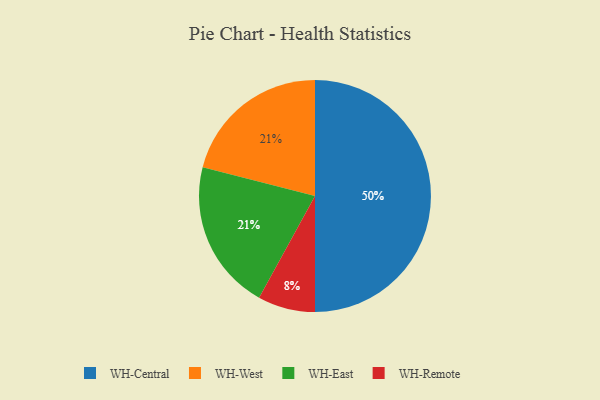
{"axis": {"x": "Category", "y": "Percentage"}, "legend": ["WH-Central", "WH-East", "WH-Remote", "WH-West"], "data": [{"x": "WH-Remote", "y": 8, "type": "WH-Remote"}, {"x": "WH-Central", "y": 50, "type": "WH-Central"}, {"x": "WH-West", "y": 21, "type": "WH-West"}, {"x": "WH-East", "y": 21, "type": "WH-East"}]}